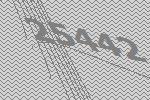
25442